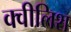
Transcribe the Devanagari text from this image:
क्वीलिश